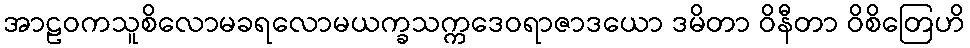
အာဠဝကသူစိလောမခရလောမယက္ခသက္ကဒေဝရာဇာဒယော ဒမိတာ ဝိနီတာ ဝိစိတြေဟိ